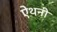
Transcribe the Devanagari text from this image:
ऐंथनी